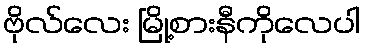
ဗိုလ်လေး မြို့စားနီကိုလေပါ